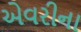
એવરીના